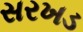
સરખડ